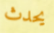
يحدث